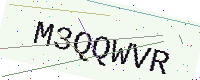
Text: M3QQWVR